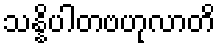
သန္နိပါတဗဟုလာတိ